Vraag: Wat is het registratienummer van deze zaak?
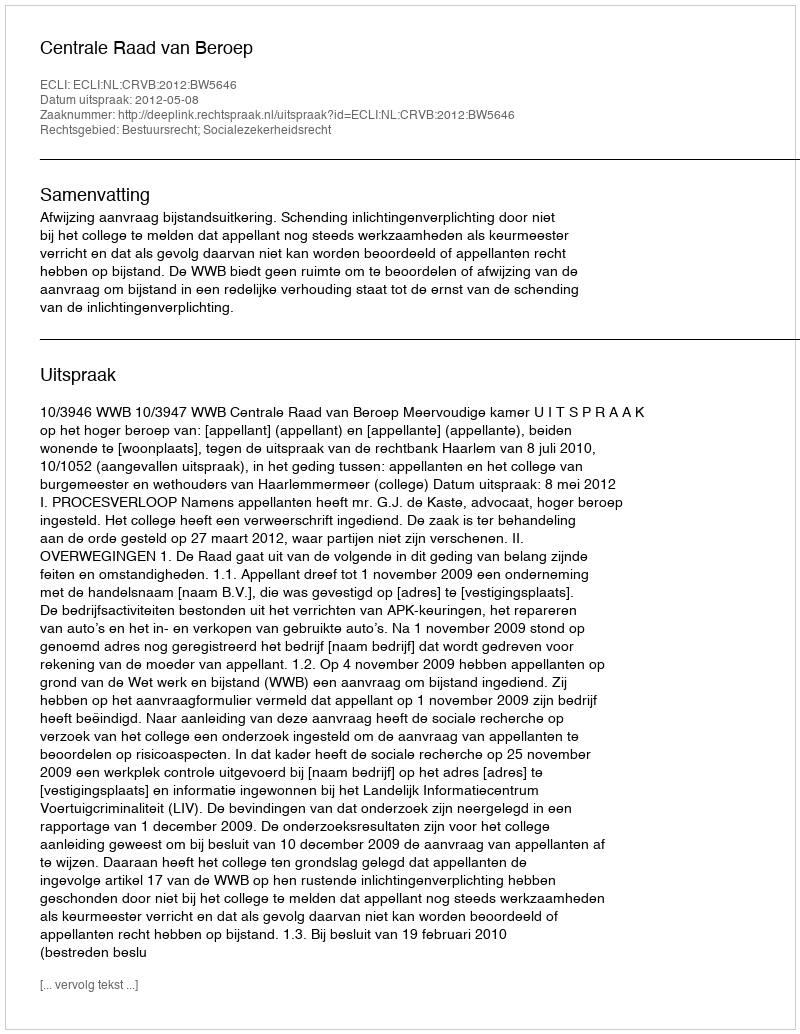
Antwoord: http://deeplink.rechtspraak.nl/uitspraak?id=ECLI:NL:CRVB:2012:BW5646